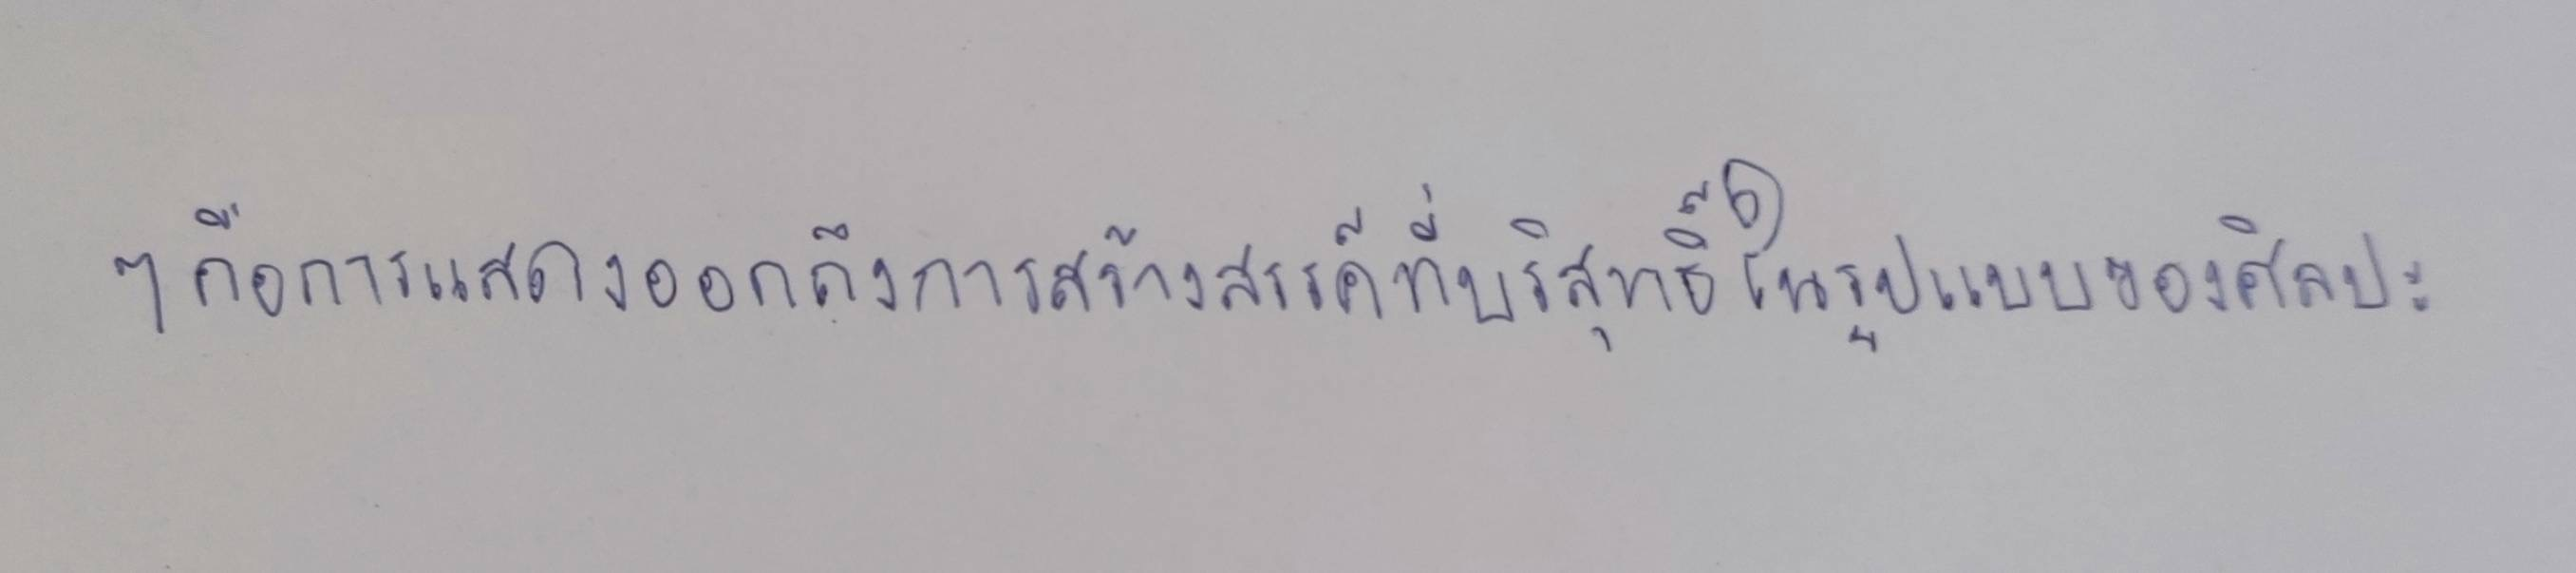
ๆคือการแสดงออกถึงการสร้างสรรค์ที่บริสุทธิ์ในรูปแบบของศิลปะ